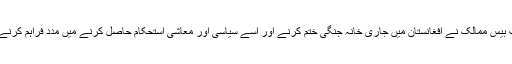
پاکستان سمیت بیس ممالک نے افغانستان میں جاری خانہ جنگی ختم کرنے اور اسے سیاسی اور معاشی استحکام حاصل کرنے میں مدد فراہم کرنے کا وعدہ کیا ۔